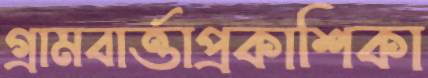
গ্রামবার্ত্তাপ্রকাশিকা